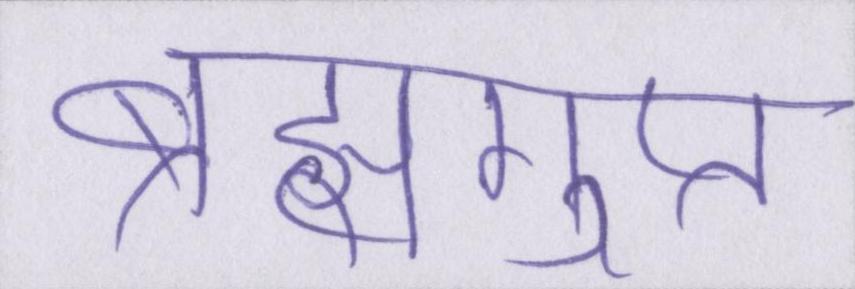
ब्रह्मगुप्त